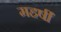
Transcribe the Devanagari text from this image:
महर्षीं